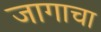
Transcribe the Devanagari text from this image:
जागाचा